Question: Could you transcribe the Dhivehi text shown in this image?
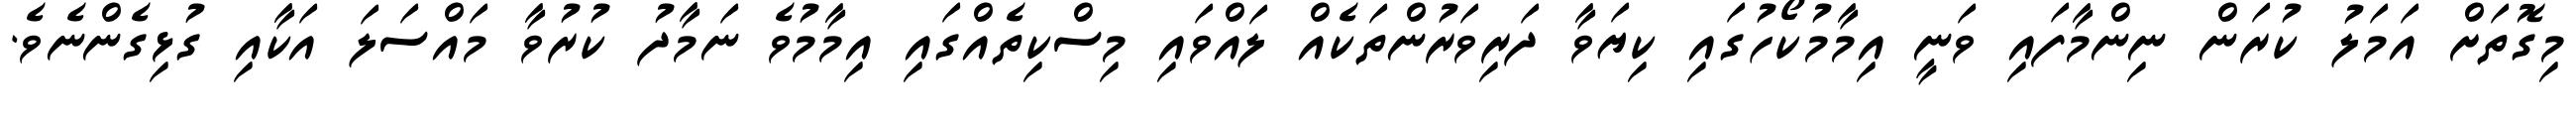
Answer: މިގޮތަށް އަމަލު ކުރަން ނިންމާފައި ވަނީ އިމާމުކޯހުގައި ކިޔަވާ ދަރިވަރުންތަކެއް ލައްވައި މިސްކިތެއްގައި އިމާމުވެ ނަމާދު ކުރުވާ މައްސަލަ އަކާއި ގުޅިގެންނެވެ.